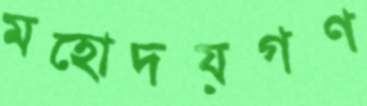
মহোদয়গণ